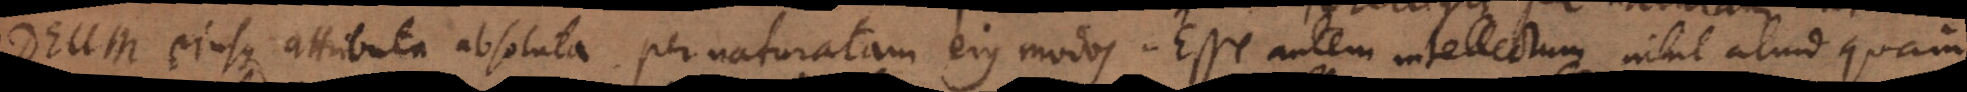
Deum eiusque attributa absoluta, per naturatam eius modos. Esse autem intellectum nihil aliud quam